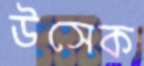
উসেক